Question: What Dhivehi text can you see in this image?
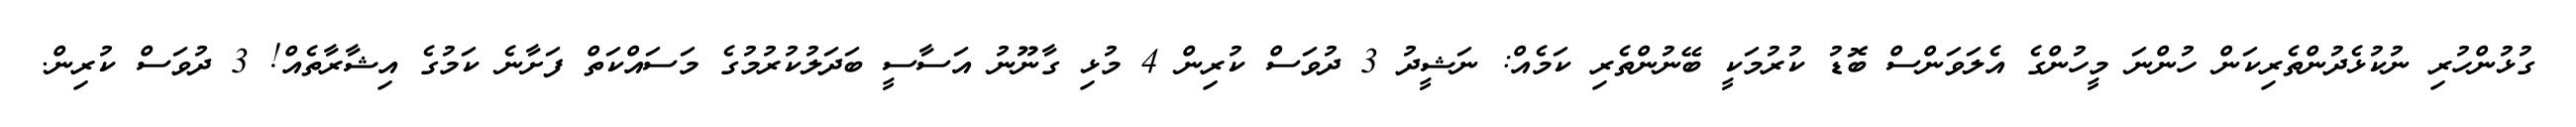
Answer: ގުޅުންހުރި ނުކުޅެދުންތެރިކަން ހުންނަ މީހުންގެ އެލަވަންސް ބޮޑު ކުރުމަކީ ބޭނުންތެރި ކަމެއް: ނަޝީދު 3 ދުވަސް ކުރިން 4 މުޅި ގާނޫނު އަސާސީ ބަދަލުކުރުމުގެ މަސައްކަތް ފަށާނެ ކަމުގެ އިޝާރާތެއް! 3 ދުވަސް ކުރިން.